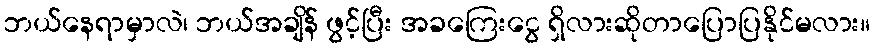
ဘယ်နေရာမှာလဲ၊ ဘယ်အချိန် ဖွင့်ပြီး အခကြေးငွေ ရှိလားဆိုတာပြောပြနိုင်မလား။